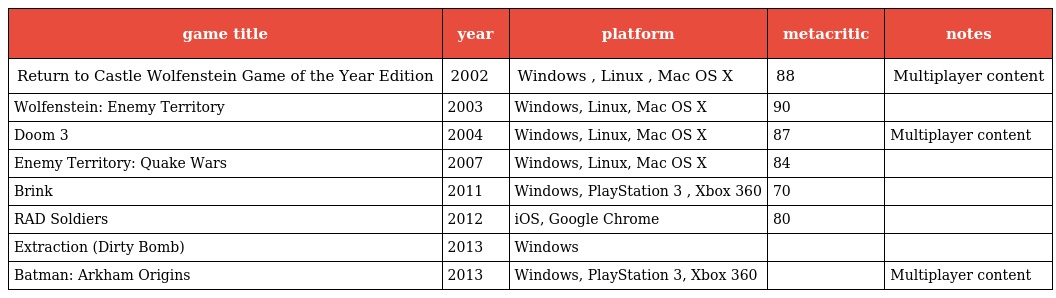
| game title | year | platform | metacritic | notes |
 | --- | --- | --- | --- | --- |
 | Return to Castle Wolfenstein Game of the Year Edition | 2002 | Windows , Linux , Mac OS X | 88 | Multiplayer content |
 | Wolfenstein: Enemy Territory | 2003 | Windows, Linux, Mac OS X | 90 |  |
 | Doom 3 | 2004 | Windows, Linux, Mac OS X | 87 | Multiplayer content |
 | Enemy Territory: Quake Wars | 2007 | Windows, Linux, Mac OS X | 84 |  |
 | Brink | 2011 | Windows, PlayStation 3 , Xbox 360 | 70 |  |
 | RAD Soldiers | 2012 | iOS, Google Chrome | 80 |  |
 | Extraction (Dirty Bomb) | 2013 | Windows |  |  |
 | Batman: Arkham Origins | 2013 | Windows, PlayStation 3, Xbox 360 |  | Multiplayer content |